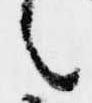
言